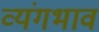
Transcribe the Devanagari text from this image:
व्यंगभाव